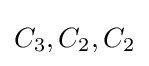
C_{3},C_{2},C_{2}